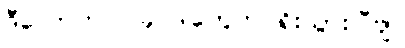
ဒီလောက်ပဲ၊ ခု ဒါတွေက ရိုးသွားပြီဗျ။